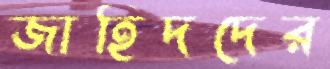
জাহিদদের